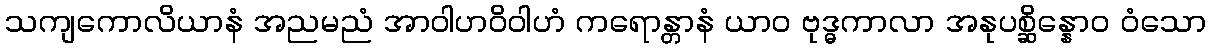
သကျကောလိယာနံ အညမညံ အာဝါဟဝိဝါဟံ ကရောန္တာနံ ယာဝ ဗုဒ္ဓကာလာ အနုပစ္ဆိန္နောဝ ဝံသော